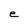
Character: e